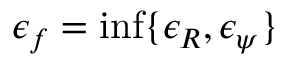
\epsilon _ { f } = \operatorname* { i n f } \{ \epsilon _ { R } , \epsilon _ { \psi } \}